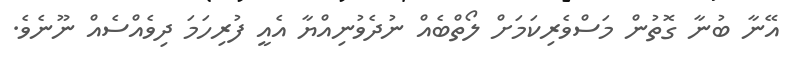
އޭނާ ބުނާ ގޮތުން މަސްވެރިކަމަށް ލޯތްބެއް ނުދެވުނިއްޔާ އެއީ ފުރިހަމަ ދިވެއްސެއް ނޫނެވެ.